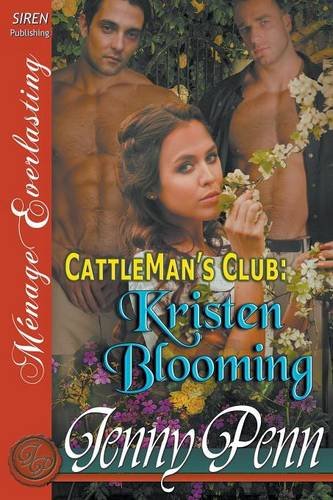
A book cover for Kristen Blooming [Cattleman's Club 8] (Siren Publishing Menage Everlasting); Jenny Penn; Romance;